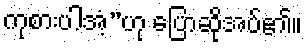
ကုစားပါအံ့”ဟု ပြောဆိုအပ်၏။